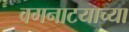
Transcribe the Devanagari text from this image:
वगनाटयाच्या